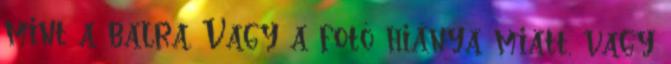
mint a balra. Vagy a fotó hiánya miatt, vagy